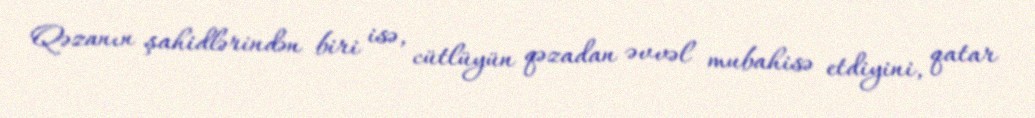
Qəzanın şahidlərindən biri isə, cütlüyün qəzadan əvvəl mubahisə etdiyini, qatar